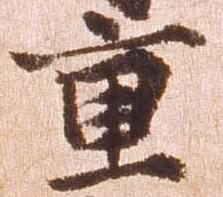
重